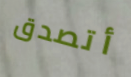
أتصدق